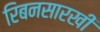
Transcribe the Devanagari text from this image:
रिबनसारखी